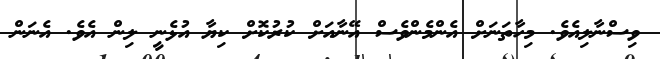
ވިސްނާލިއެވެ. މިހާތަނަށް އެންމެންވެސް އޭނާއަށް ކުރުކޮށް ކިޔާ އުޅެނީ ލިން އެވެ. އެނަން